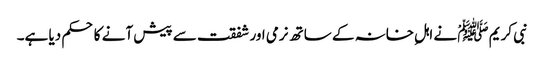
نبی کریم ﷺْ نے اہلِ خانہ کے ساتھ نرمی اور شفقت سے پیش آنے کا حکم دیا ہے۔